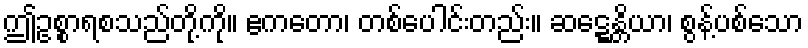
ဤဥစ္စာရစသည်တို့ကို။ ဧကတော၊ တစ်ပေါင်းတည်း။ ဆဋ္ဋေန္တိယာ၊ စွန့်ပစ်သော